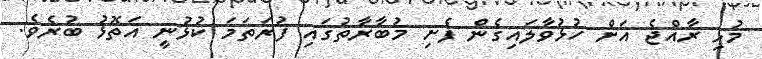
މުޅި ރާއްޖެ އަށް ހުޅުވާލައިގެން ފެށި މުބާރާތުގައި ފުރަތަމަ ކުޅުނީ އަތޮޅު ބުރެވެ.